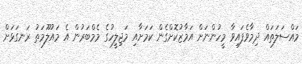
މައްސަލަތައް ދިމާވެފައިވާ މީހުންނަށް އަމާޒުކޮށްގެން ކަމަށާއި މަޖިލީހުގެ މެމްބަރުން އެ މައުލޫމަތު ރަނގަޅަށް